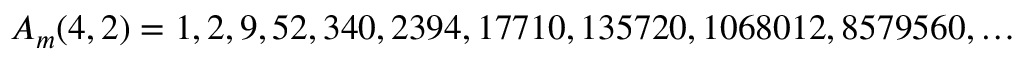
A _ { m } ( 4 , 2 ) = 1 , 2 , 9 , 5 2 , 3 4 0 , 2 3 9 4 , 1 7 7 1 0 , 1 3 5 7 2 0 , 1 0 6 8 0 1 2 , 8 5 7 9 5 6 0 , \ldots